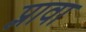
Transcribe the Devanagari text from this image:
प्लावा